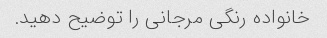
خانواده رنگی مرجانی را توضیح دهید.